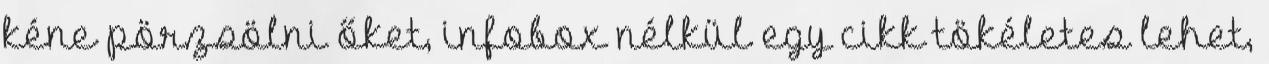
kéne pörzsölni őket, infobox nélkül egy cikk tökéletes lehet,